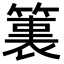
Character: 𮅶